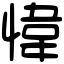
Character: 愇